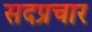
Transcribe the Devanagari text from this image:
सदप्रचार